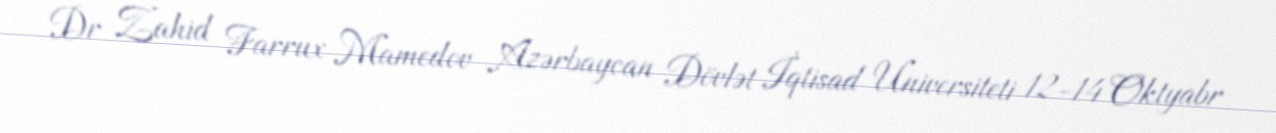
Dr Zahid Farrux Mamedov Azərbaycan Dövlət İqtisad Universiteti 12-14 Oktyabr